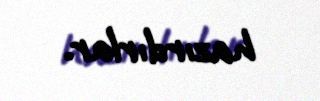
hazırdırlar.